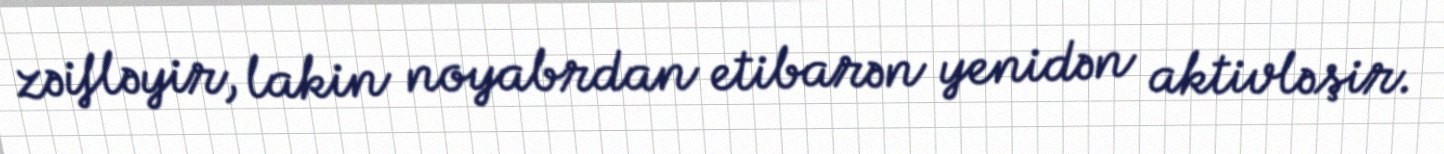
zəifləyir, lakin noyabrdan etibarən yenidən aktivləşir.